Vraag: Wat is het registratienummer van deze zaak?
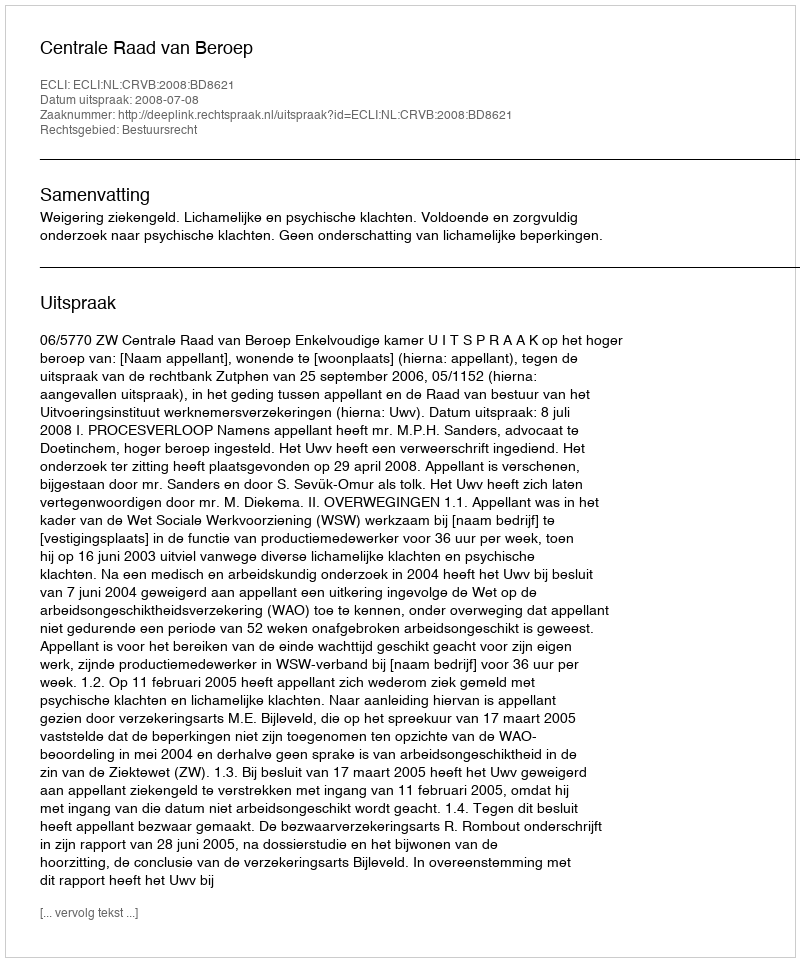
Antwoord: http://deeplink.rechtspraak.nl/uitspraak?id=ECLI:NL:CRVB:2008:BD8621